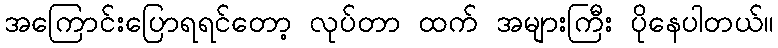
အကြောင်းပြောရရင်တော့ လုပ်တာ ထက် အများကြီး ပိုနေပါတယ်။